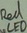
Text: Red LED